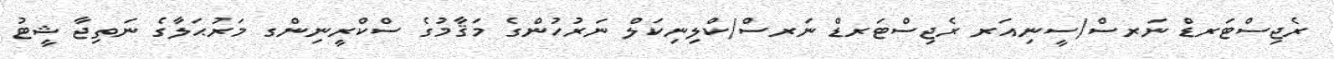
ރެޖިސްޓަރޑް ނަރސް/ސީނިއަރ ރެޖިސްޓަރޑް ނަރސް/ކްލިނިކަލް ނަރުހުންގެ މަޤާމުގެ ސްކްރީނިންގ މަރުޙަލާގެ ނަތިޖާ ޝީޓު